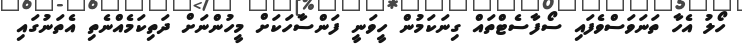
ހޯލު އެހާ ތަނަވަސްވެފައި ސޯފާސެޓްތައް ގިނަކަމުން ހީވަނީ ފަންސާހަކަށް މީހުންނަށް ދަތިކަމެއްނެތި އެތަނުގައި